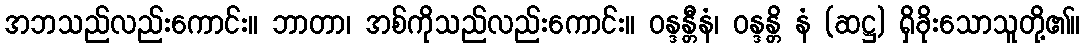
အဘသည်လည်းကောင်း။ ဘာတာ၊ အစ်ကိုသည်လည်းကောင်း။ ဝန္ဒန္တီနံ၊ ဝန္ဒန္တိ နံ (ဆဋ္ဌ) ရှိခိုးသောသူတို့၏။